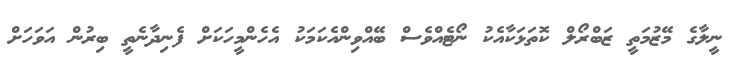
ނީލާގެ މޭޒުމަތީ ޒަބްރޯލް ކޮތަޅަކާއެކު ނޯޓެއްވެސް ބޭއްވިންއެކަމަކު އެހެންމީހަކަށް ފެނިދާނެތީ ބިރުން އަވަހަށް